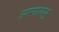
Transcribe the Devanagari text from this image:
प्राणावायु